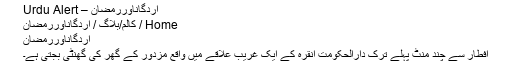
اردگاناوررمضان – Urdu Alert
Home / کالم/بلاگ / اردگاناوررمضان
اردگاناوررمضان
افطار سے چند منٹ پہلے ترک دارالحکومت انقرہ کے ایک غریب علاقے میں واقع مزدور کے گھر کی گھنٹی بجتی ہے۔